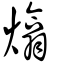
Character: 熻